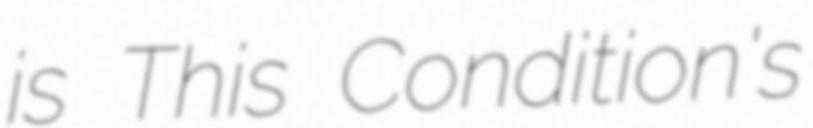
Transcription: is This Condition's